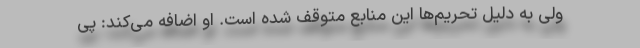
ولی به دلیل تحریم‌ها این منابع متوقف شده است. او اضافه می‌كند: پی